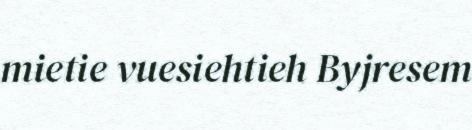
mietie vuesiehtieh Byjresem